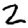
Digit: 2